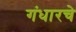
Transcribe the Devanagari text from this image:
गंधारचे